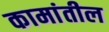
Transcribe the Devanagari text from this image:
कामांतील